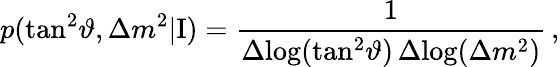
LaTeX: p(\tan^{2}\! \vartheta,\Delta{m}^{2}|\mathrm{I})=\frac{1}{\Delta\! \log(\tan^{2}\! \vartheta)\, \Delta\! \log(\Delta{m}^{2})}\, ,